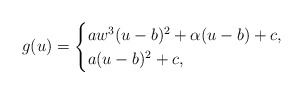
\begin{align*} \begin{aligned} g(u)= \begin{cases} aw^3(u-b)^2+\alpha(u-b) +c, & \\ a(u-b)^2+c, & \end{cases} \end{aligned} \end{align*}